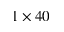
1 \times 4 0